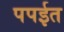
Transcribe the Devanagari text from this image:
पपईत